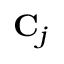
\mathbf { C } _ { j }